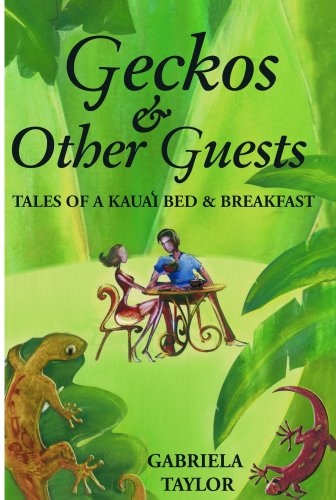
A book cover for Geckos & Other Guests: Tales of a Kaua'i Bed & Breakfast; Gabriela Taylor; Travel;